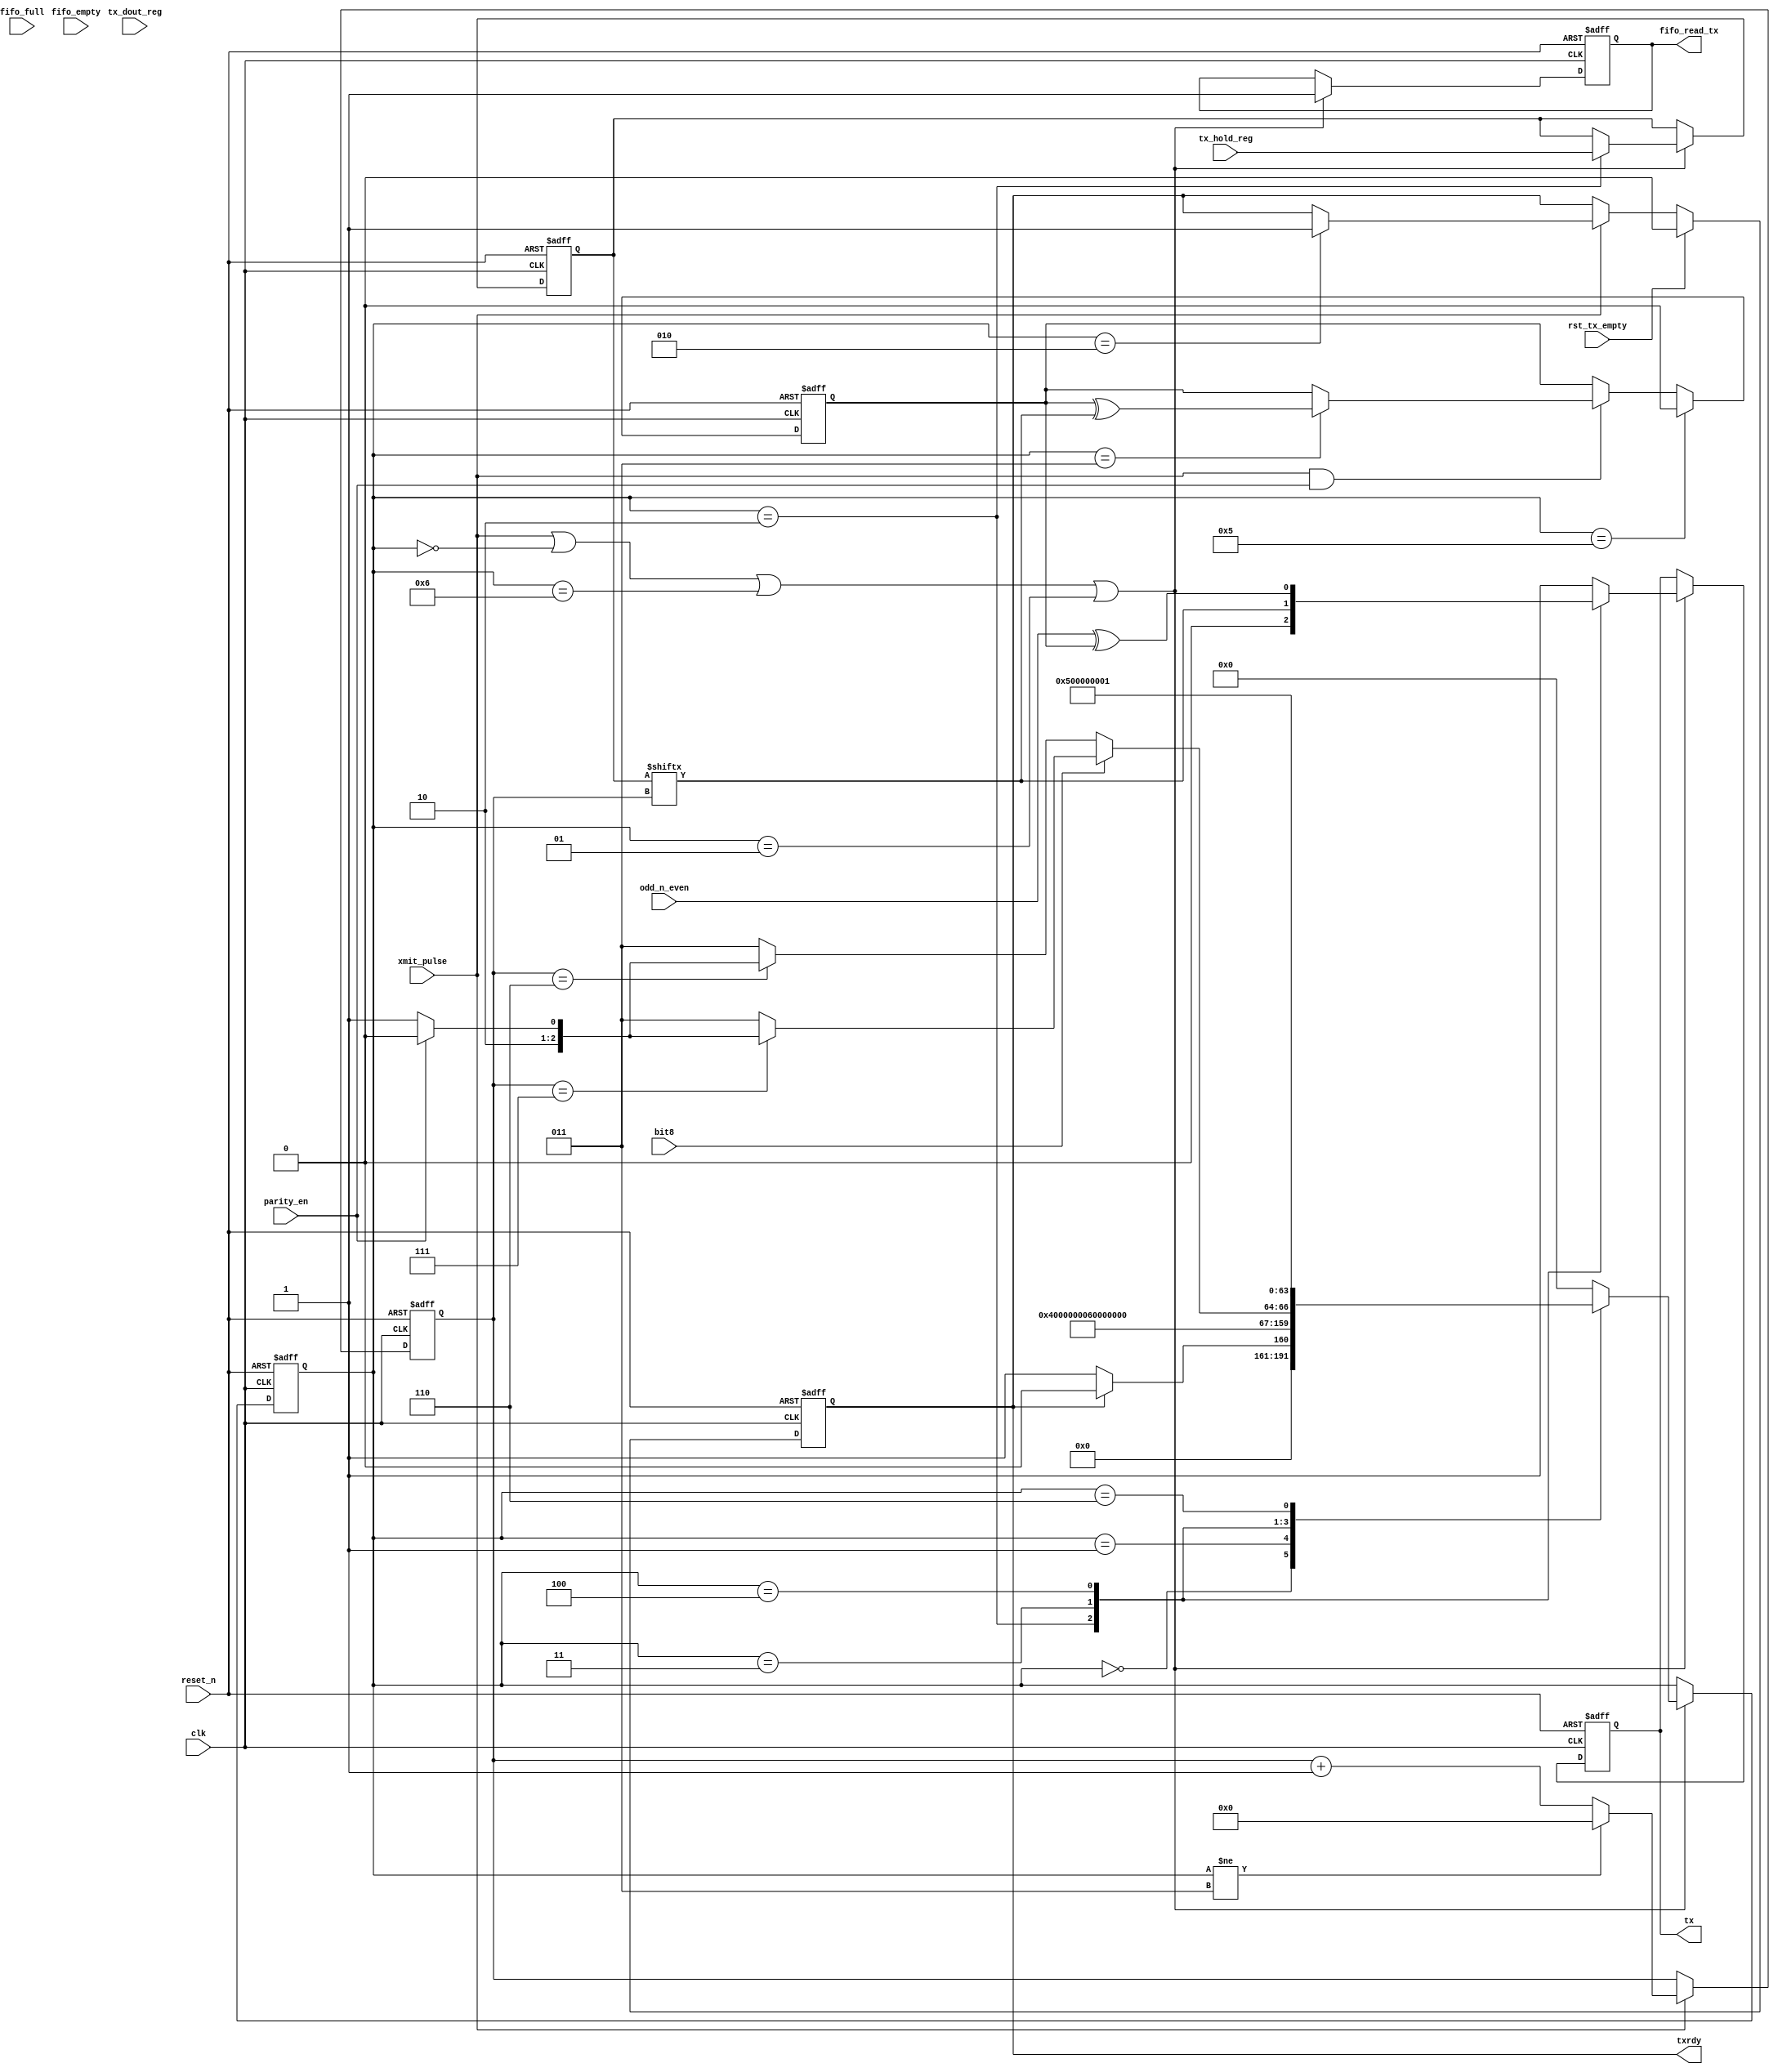
// ********************************************************************
// Actel Corporation Proprietary and Confidential
//  Copyright 2008 Actel Corporation.  All rights reserved.
//
// ANY USE OR REDISTRIBUTION IN PART OR IN WHOLE MUST BE HANDLED IN
// ACCORDANCE WITH THE ACTEL LICENSE AGREEMENT AND MUST BE APPROVED
// IN ADVANCE IN WRITING.
//
// Description: CoreUART/ CoreUARTapb UART core
//
//
//  Revision Information:
// Date     Description
// Jun09    Revision 4.1
// Aug10    Revision 4.2
//
// SVN Revision Information:
// SVN $Revision: 8508 $
// SVN $Date: 2009-06-15 16:49:49 -0700 (Mon, 15 Jun 2009) $
//
// Resolved SARs
// SAR      Date     Who   Description
// 20741    2Sep10   AS    Increased baud rate by ensuring fifo ctrl runs off
//                         sys clk (not baud clock).  See note below.
//
// Notes:
// best viewed with tabstops set to "4"

`timescale 1 ns / 1 ns // timescale for following modules

module mss_sb_CoreUARTapb_2_1_Tx_async (clk, xmit_pulse, reset_n, rst_tx_empty, tx_hold_reg, tx_dout_reg, fifo_empty, fifo_full, bit8,
  parity_en, odd_n_even, txrdy, tx, fifo_read_tx);

// TX Parameters
parameter TX_FIFO = 0; // 0=without tx fifo
//  1=with tx fifo

input clk;
input xmit_pulse;
input reset_n;
input rst_tx_empty;
input[7:0] tx_hold_reg;
input[7:0] tx_dout_reg;
input fifo_empty;
input fifo_full;
input bit8;
input parity_en;
input odd_n_even;
output txrdy;
wire txrdy;
output tx;
output fifo_read_tx;
reg tx;

parameter tx_idle = 0;
parameter tx_load = 1;
parameter start_bit = 2;
parameter tx_data_bits = 3;
parameter parity_bit = 4;
parameter tx_stop_bit = 5;
parameter delay_state = 6;
integer xmit_state; // transmit state machine
reg txrdy_int; // transmit ready for another byte
reg[7:0] tx_byte; // transmit byte
reg[3:0] xmit_bit_sel; // selects transmit bit
reg tx_parity; // transmit parity

// AS: changed to wire
// removed unused signals
//reg fifo_read_tx;
wire fifo_read_tx;
reg fifo_read_en0;
//reg fifo_read_en1;
//wire fifo_read_en;

// Modified Sep 2006, ROK
// ----------------------------------------------------------
// AS, Sep10: synchronized to start bit, rather than load bit
// since txload now happens on start bit state
always @(posedge clk or negedge reset_n)
begin : make_txrdy
  if (!reset_n)
  begin
    txrdy_int <= 1'b1 ;
  end
  else
  begin
    if (TX_FIFO == 1'b0)
    begin
      if (xmit_pulse)
      begin
        if (xmit_state == start_bit)
        begin
          txrdy_int <= 1'b1;
        end
      end
      if (rst_tx_empty)
      begin
        txrdy_int <= 1'b0;
      end
    end
    else
    begin
      txrdy_int <= !fifo_full;
    end
  end
end

// Modified Sep10, AS
// FIFO load state transitions and outputs and outputs registered on system
// clock (clk): 
always @(posedge clk or negedge reset_n)
begin : xmit_sm
  if (!reset_n)
  begin
    xmit_state <= tx_idle ;
    tx_byte <= 8'b0 ;
    fifo_read_en0 <= 1'b1;
  end
  else
  begin
    // AS:
    // (1) state on sysclk for tx_idle, tx_load, delay_state since these operations run
    // off the system clock, not the baud clock
    // (2) perform tx byte load on start bit state to ensure that data is
    // valid at that point
    if (xmit_pulse || (xmit_state == tx_idle) || (xmit_state == delay_state) || (xmit_state == tx_load))
    begin
      fifo_read_en0 <= 1'b1;
      case (xmit_state)
        tx_idle :
        begin
          if (TX_FIFO == 1'b0)
          begin
            if (!txrdy_int)
            begin
              xmit_state <= tx_load ;
            end
            else
            begin
              xmit_state <= tx_idle ;
            end
          end
          else
          begin
            if (fifo_empty == 1'b0)
            begin
              fifo_read_en0 <= 1'b0;
              xmit_state <= delay_state;
            end
            else
            begin
              xmit_state <= tx_idle ;
              fifo_read_en0 <= 1'b1;
            end
          end
        end
        tx_load :
        begin
          xmit_state <= start_bit ;
        end
        start_bit :
        begin
          xmit_state <= tx_data_bits ;
          if (TX_FIFO == 1'b0)
          begin
            tx_byte <= tx_hold_reg ;
          end
          else
          begin
            tx_byte <= tx_dout_reg ;
          end
        end
        tx_data_bits :
        begin
          if (bit8)
          begin
            if (xmit_bit_sel == 4'b0111)
            begin
              if (parity_en)
              begin
                xmit_state <= parity_bit ;
              end
              else
              begin
                xmit_state <= tx_stop_bit ;
              end
            end
            else
            begin
              xmit_state <= tx_data_bits ;
            end
          end
          else
          begin
            if (xmit_bit_sel == 4'b0110)
            begin
              if (parity_en)
              begin
                xmit_state <= parity_bit ;
              end
              else
              begin
                xmit_state <= tx_stop_bit ;
              end
            end
            else
            begin
              xmit_state <= tx_data_bits ;
            end
          end
        end
        parity_bit :
        begin
          xmit_state <= tx_stop_bit ;
        end
        tx_stop_bit :
        begin
          xmit_state <= tx_idle ;
        end
        delay_state :
        begin
          xmit_state <= tx_load ;
        end
        default :
        begin
          xmit_state <= tx_idle ;
        end
      endcase
    end
  end
end

// AS: Need to remove clock delay of fifo read, since tx_load state is
// registered on sys clk now and fifo_read_en needs to be made available
// immediately

// Added by Hari
//always @(posedge clk or negedge reset_n)
//begin : read_fifo
//  if (!reset_n)
//  begin
//    fifo_read_tx <= 1'b1;
//    fifo_read_en1 <= 1'b1;
//  end
//  else
//  begin
//    fifo_read_tx <= 1'b1;
//    fifo_read_en1 <= fifo_read_en0;
//    if (fifo_read_en == 1'b0)
//    begin
//      fifo_read_tx <= 1'b0;
//    end
//  end
//end

//assign fifo_read_en = (!fifo_read_en1 | fifo_read_en0);
//assign fifo_read_en = fifo_read_en0;
assign fifo_read_tx = fifo_read_en0;

always @(posedge clk or negedge reset_n)
begin : xmit_cnt
  if (!reset_n)
  begin
    xmit_bit_sel <= 4'b0000 ;
  end
  else
  begin
    if (xmit_pulse)
    begin
      if (xmit_state != tx_data_bits)
      begin
        xmit_bit_sel <= 4'b0000 ;
      end
      else
      begin
        xmit_bit_sel <= xmit_bit_sel + 1'b1 ;
      end
    end
  end
end

always @(posedge clk or negedge reset_n)
begin : xmit_sel
  if (!reset_n)
  begin
    tx <= 1'b1 ;
  end
  else
  begin
    // AS:
    // state on sysclk for tx_idle, tx_load, delay_state since these operations run
    // off the system clock, no the baud clock
    if (xmit_pulse || (xmit_state == tx_idle) || (xmit_state == delay_state) || (xmit_state == tx_load))
    begin
      case (xmit_state)
        tx_idle :
        begin
          tx <= 1'b1 ;
        end
        tx_load :
        begin
          tx <= 1'b1 ;
        end
        start_bit :
        begin
          tx <= 1'b0 ;
        end
        tx_data_bits :
        begin
          //tx <= tx_byte[conv_integer(xmit_bit_sel)] ;
          tx <= tx_byte[xmit_bit_sel] ;
        end
        parity_bit :
        begin
          tx <= odd_n_even ^ tx_parity ;
        end

        tx_stop_bit :
        begin
          tx <= 1'b1 ;
        end
        default :
        begin
          tx <= 1'b1 ;
        end
      endcase
    end
  end
end

always @(posedge clk or negedge reset_n)
begin : xmit_par_calc
  if (!reset_n)
  begin
    tx_parity <= 1'b0 ;
  end
  else
  begin
    if (xmit_pulse & parity_en)
    begin
      if (xmit_state == tx_data_bits)
      begin
        //tx_parity <= tx_parity ^ tx_byte[conv_integer(xmit_bit_sel)] ;
        tx_parity <= tx_parity ^ tx_byte[xmit_bit_sel] ;
      end
      else
      begin
        tx_parity <= tx_parity ;
      end
    end
    if (xmit_state == tx_stop_bit)
    begin
      tx_parity <= 1'b0 ;
    end
  end
end

assign txrdy = txrdy_int ;

endmodule